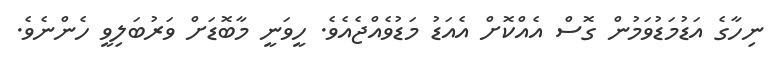
ނިހާގެ އަޑުމަޑުވަމުން ގޮސް އެއްކޮށް އެއަޑު މަޑުވެއްޖެއެވެ. ހީވަނީ މާބޮޑަށް ވަރުބަލިވީ ހެންނެވެ.